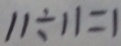
1 1 \div 1 1 = 1